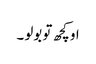
او کچھ تو بولو ۔